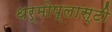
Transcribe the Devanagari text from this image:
थर्मोप्लास्टी